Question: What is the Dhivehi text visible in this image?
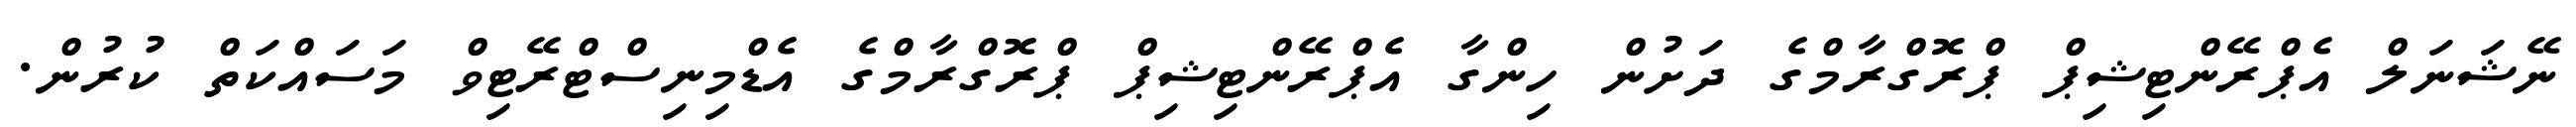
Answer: ނޭޝަނަލް އެޕްރޭންޓިޝިޕް ޕްރޮގްރާމްގެ ދަށުން ހިންގާ އެޕްރޭންޓިޝިޕް ޕްރޮގްރާމްގެ އެޑްމިނިސްޓްރޭޓިވް މަސައްކަތް ކުރުން.